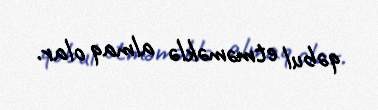
qəbul etməməklə almaq olar.